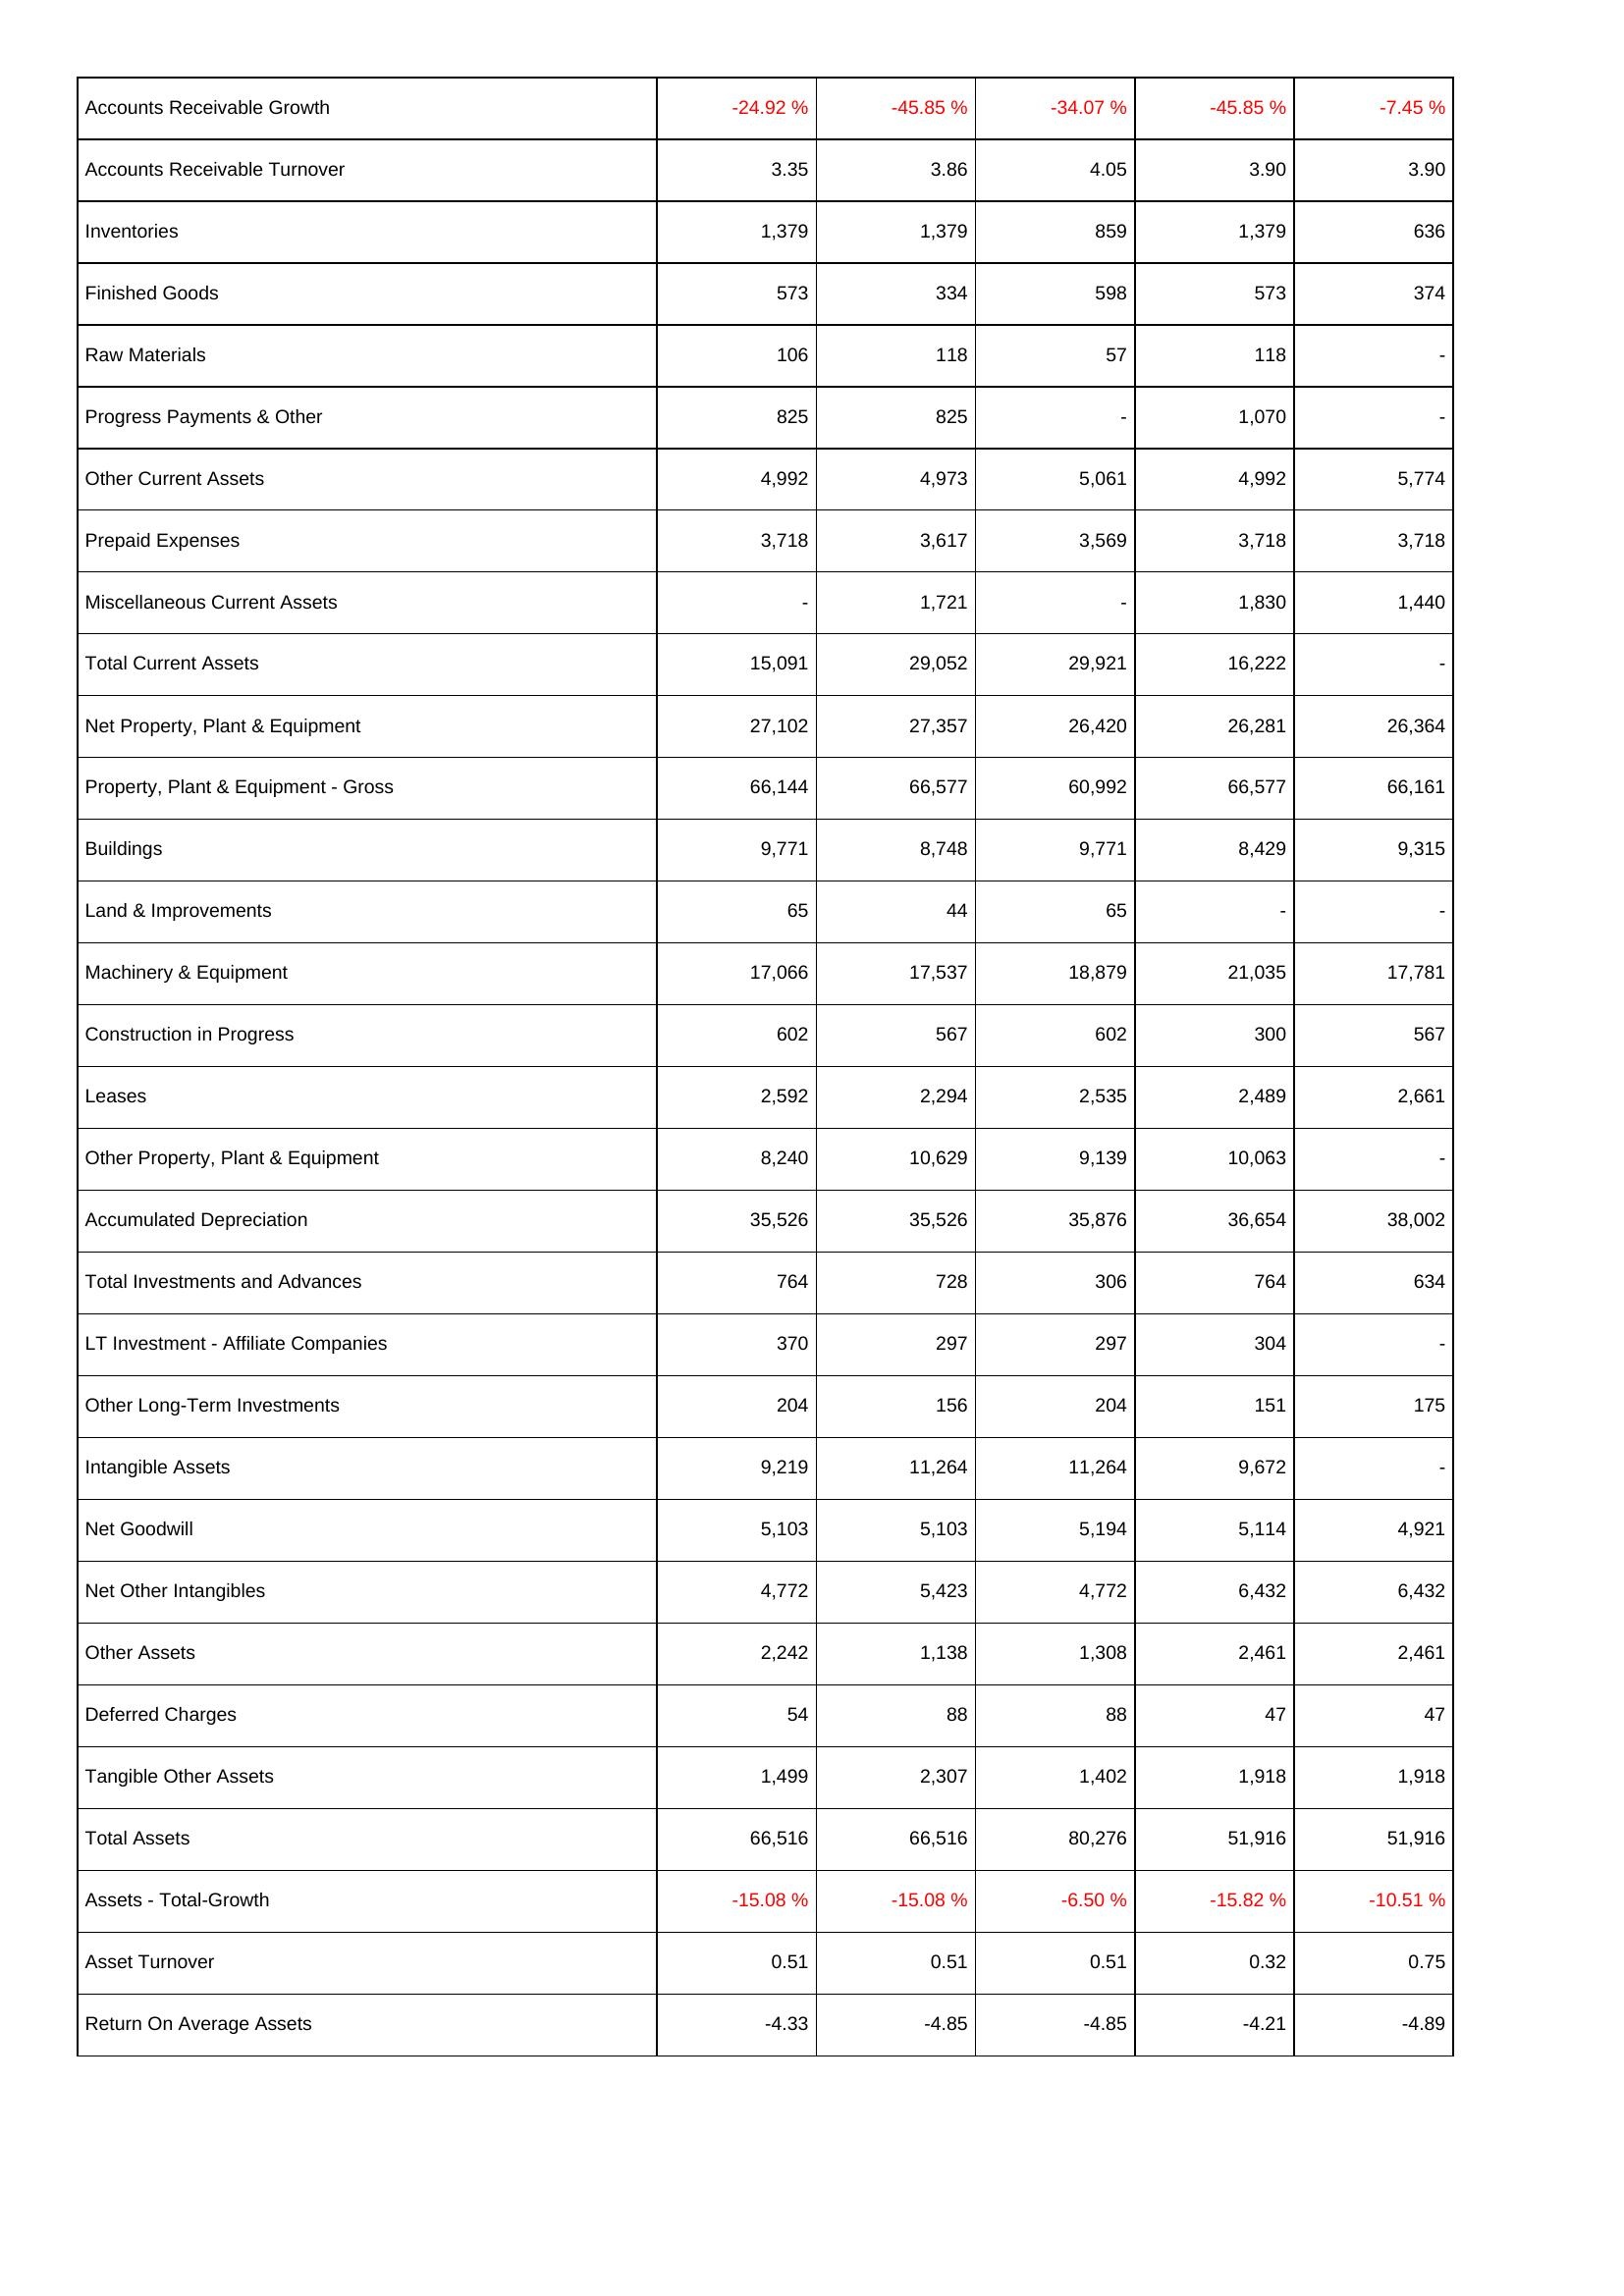
2008: Assets: Accounts Receivable Growth: -24.92 %
Accounts Receivable Turnover: 3.35
Inventories: 1,379
Finished Goods: 573
Raw Materials: 106
Progress Payments & Other: 825
Other Current Assets: 4,992
Prepaid Expenses: 3,718
Miscellaneous Current Assets: -
Total Current Assets: 15,091
Net Property, Plant & Equipment: 27,102
Property, Plant & Equipment - Gross: 66,144
Buildings: 9,771
Land & Improvements: 65
Machinery & Equipment: 17,066
Construction in Progress: 602
Leases: 2,592
Other Property, Plant & Equipment: 8,240
Accumulated Depreciation: 35,526
Total Investments and Advances: 764
LT Investment - Affiliate Companies: 370
Other Long-Term Investments: 204
Intangible Assets: 9,219
Net Goodwill: 5,103
Net Other Intangibles: 4,772
Other Assets: 2,242
Deferred Charges: 54
Tangible Other Assets: 1,499
Total Assets: 66,516
Assets - Total-Growth: -15.08 %
Asset Turnover: 0.51
Return On Average Assets: -4.33
2009: Assets: Accounts Receivable Growth: -45.85 %
Accounts Receivable Turnover: 3.86
Inventories: 1,379
Finished Goods: 334
Raw Materials: 118
Progress Payments & Other: 825
Other Current Assets: 4,973
Prepaid Expenses: 3,617
Miscellaneous Current Assets: 1,721
Total Current Assets: 29,052
Net Property, Plant & Equipment: 27,357
Property, Plant & Equipment - Gross: 66,577
Buildings: 8,748
Land & Improvements: 44
Machinery & Equipment: 17,537
Construction in Progress: 567
Leases: 2,294
Other Property, Plant & Equipment: 10,629
Accumulated Depreciation: 35,526
Total Investments and Advances: 728
LT Investment - Affiliate Companies: 297
Other Long-Term Investments: 156
Intangible Assets: 11,264
Net Goodwill: 5,103
Net Other Intangibles: 5,423
Other Assets: 1,138
Deferred Charges: 88
Tangible Other Assets: 2,307
Total Assets: 66,516
Assets - Total-Growth: -15.08 %
Asset Turnover: 0.51
Return On Average Assets: -4.85
2010: Assets: Accounts Receivable Growth: -34.07 %
Accounts Receivable Turnover: 4.05
Inventories: 859
Finished Goods: 598
Raw Materials: 57
Progress Payments & Other: -
Other Current Assets: 5,061
Prepaid Expenses: 3,569
Miscellaneous Current Assets: -
Total Current Assets: 29,921
Net Property, Plant & Equipment: 26,420
Property, Plant & Equipment - Gross: 60,992
Buildings: 9,771
Land & Improvements: 65
Machinery & Equipment: 18,879
Construction in Progress: 602
Leases: 2,535
Other Property, Plant & Equipment: 9,139
Accumulated Depreciation: 35,876
Total Investments and Advances: 306
LT Investment - Affiliate Companies: 297
Other Long-Term Investments: 204
Intangible Assets: 11,264
Net Goodwill: 5,194
Net Other Intangibles: 4,772
Other Assets: 1,308
Deferred Charges: 88
Tangible Other Assets: 1,402
Total Assets: 80,276
Assets - Total-Growth: -6.50 %
Asset Turnover: 0.51
Return On Average Assets: -4.85
2011: Assets: Accounts Receivable Growth: -45.85 %
Accounts Receivable Turnover: 3.90
Inventories: 1,379
Finished Goods: 573
Raw Materials: 118
Progress Payments & Other: 1,070
Other Current Assets: 4,992
Prepaid Expenses: 3,718
Miscellaneous Current Assets: 1,830
Total Current Assets: 16,222
Net Property, Plant & Equipment: 26,281
Property, Plant & Equipment - Gross: 66,577
Buildings: 8,429
Land & Improvements: -
Machinery & Equipment: 21,035
Construction in Progress: 300
Leases: 2,489
Other Property, Plant & Equipment: 10,063
Accumulated Depreciation: 36,654
Total Investments and Advances: 764
LT Investment - Affiliate Companies: 304
Other Long-Term Investments: 151
Intangible Assets: 9,672
Net Goodwill: 5,114
Net Other Intangibles: 6,432
Other Assets: 2,461
Deferred Charges: 47
Tangible Other Assets: 1,918
Total Assets: 51,916
Assets - Total-Growth: -15.82 %
Asset Turnover: 0.32
Return On Average Assets: -4.21
2012: Assets: Accounts Receivable Growth: -7.45 %
Accounts Receivable Turnover: 3.90
Inventories: 636
Finished Goods: 374
Raw Materials: -
Progress Payments & Other: -
Other Current Assets: 5,774
Prepaid Expenses: 3,718
Miscellaneous Current Assets: 1,440
Total Current Assets: -
Net Property, Plant & Equipment: 26,364
Property, Plant & Equipment - Gross: 66,161
Buildings: 9,315
Land & Improvements: -
Machinery & Equipment: 17,781
Construction in Progress: 567
Leases: 2,661
Other Property, Plant & Equipment: -
Accumulated Depreciation: 38,002
Total Investments and Advances: 634
LT Investment - Affiliate Companies: -
Other Long-Term Investments: 175
Intangible Assets: -
Net Goodwill: 4,921
Net Other Intangibles: 6,432
Other Assets: 2,461
Deferred Charges: 47
Tangible Other Assets: 1,918
Total Assets: 51,916
Assets - Total-Growth: -10.51 %
Asset Turnover: 0.75
Return On Average Assets: -4.89